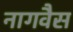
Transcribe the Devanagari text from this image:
नागवैस